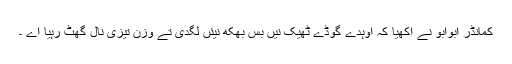
کمانڈر ابوابو نے آکھیا کہ اوہدے گوڈے ٹھیک نیں بس بھکھ نیئں لگدی تے وزن تیزی نال گھٹ رہیا اے ۔